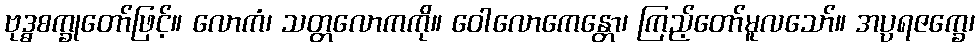
ဗုဒ္ဓစက္ခုတော်ဖြင့်။ လောကံ၊ သတ္တလောကကို။ ဝေါလောကေန္တော၊ ကြည့်တော်မူလသော်။ အပ္ပရဇက္ခေ၊